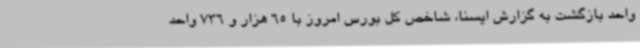
واحد بازگشت به گزارش ایسنا، شاخص کل بورس امروز با 65 هزار و 736 واحد